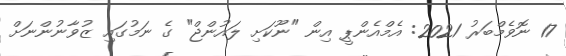
17 ނޮވެމްބަރު 2021: އެމްއެންޕީ އިން "ނޫކަށި ލައުންޖް" ގެ ނަމުގައި ޒުވާނުންނަށް